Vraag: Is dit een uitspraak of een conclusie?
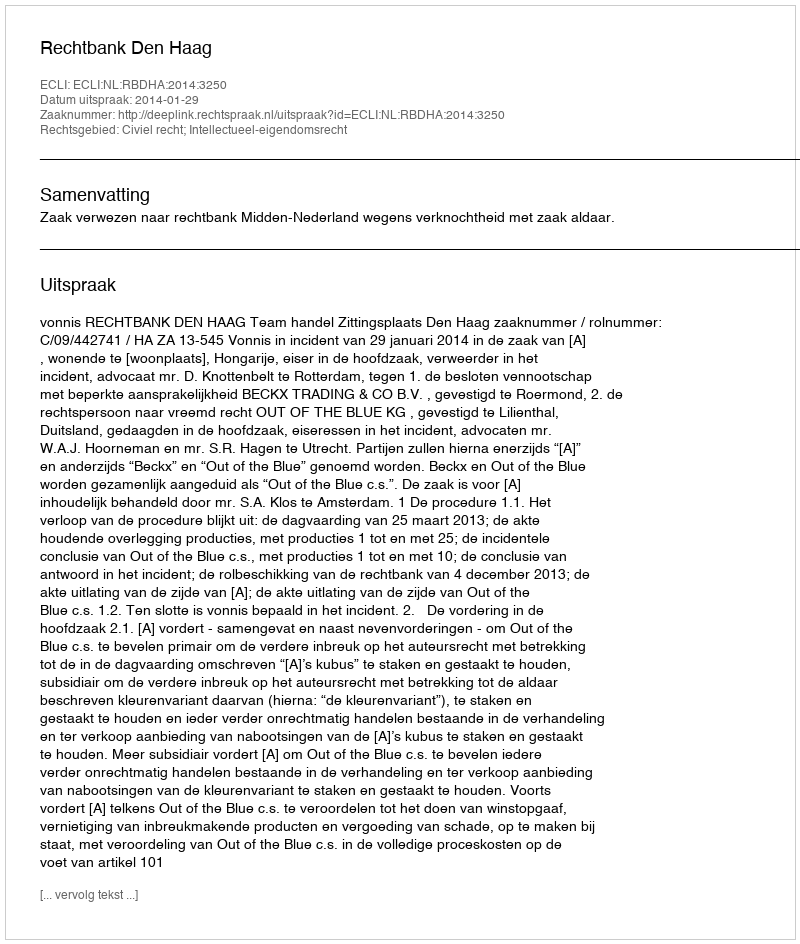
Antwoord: Uitspraak